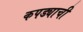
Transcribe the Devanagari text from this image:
कपड्याची